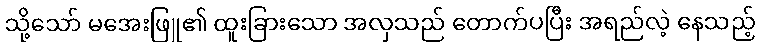
သို့သော် မအေးဖြူ၏ ထူးခြားသော အလှသည် တောက်ပပြီး အရည်လဲ့ နေသည့်